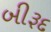
બીરૂદ